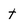
Character: t